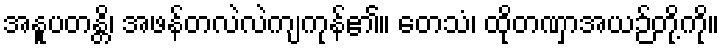
အနူပတန္တိ၊ အဖန်တလဲလဲကျကုန်၏။ တေသံ၊ ထိုတဏှာအယဉ်တို့ကို။